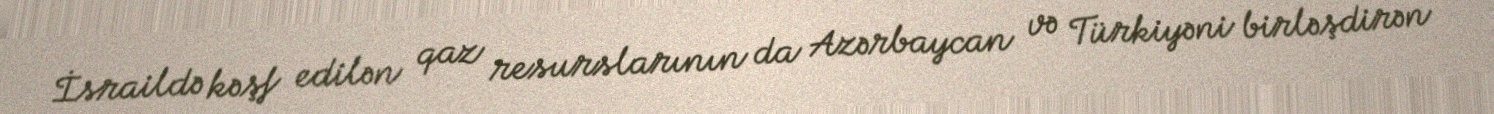
İsraildə kəşf edilən qaz resurslarının da Azərbaycan və Türkiyəni birləşdirən